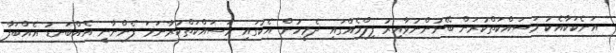
އަނެކަކާއެކު މަސައްކަތްކުރަން ބޭނުންނުވާއިރު ފިލްމެއްގައި ދެމީހުން އެކުގައި މަސައްކަތްކުރާނަމަ ފެންނާނީ އެއްބަނޑު އެއްބަފާ